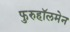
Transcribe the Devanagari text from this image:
फुरुहॉलमेन